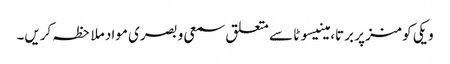
ویکی کومنز پر برتا، مینیسوٹا سے متعلق سمعی و بصری مواد ملاحظہ کریں۔